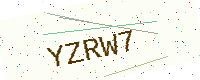
Text: YZRW7